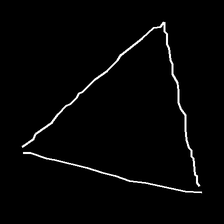
Glyph: convergence